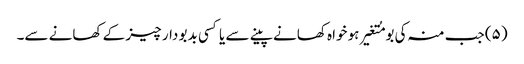
(۵) جب منہ کی بو مُتغیر ہو خواہ کھانے پینے سے یا کسی بدبو دار چیز کے کھانے سے۔